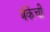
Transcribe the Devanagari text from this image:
बॅकेची